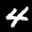
Label: 4